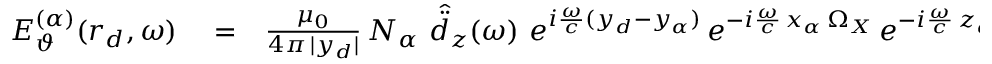
\begin{array} { r l r } { E _ { \vartheta } ^ { ( \alpha ) } ( \boldsymbol { r } _ { d } , \omega ) } & { { } = } & { \frac { \mu _ { 0 } } { 4 \pi \, | y _ { d } | } \, N _ { \alpha } \, \, \hat { \ddot { d } } _ { z } ( \omega ) \, \, e ^ { i \frac { \omega } { c } ( y _ { d } - y _ { \alpha } ) } \, e ^ { - i \frac { \omega } { c } \, x _ { \alpha } \, \Omega _ { X } } \, e ^ { - i \frac { \omega } { c } \, z _ { \alpha } \, \Omega _ { Z } } } \end{array}